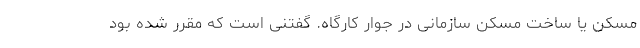
مسکن یا ساخت مسکن سازمانی در جوار کارگاه. گفتنی است که مقرر شده بود